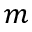
m